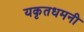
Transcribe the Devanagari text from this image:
यकृतधमनी